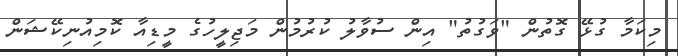
މިކަމާ ގުޅޭ ގޮތުން "ވަގުތު" އިން ސުވާލު ކުރުމުން މަޖިލީހުގެ މީޑިއާ ކޮމިއުނިކޭޝަން